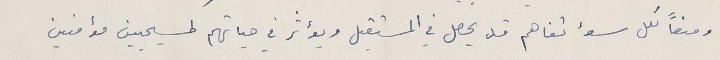
ومنعاً لكل سوء تفاهم قل يحصل في المستقبل ويؤثر في حياتهم كمسيحيين مؤمنين